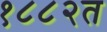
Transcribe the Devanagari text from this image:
१८८२त